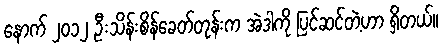
နောက် ၂၀၁၂ ဦးသိန်းစိန်ခေတ်တုန်းက အဲဒါကို ပြင်ဆင်တဲ့ဟာ ရှိတယ်။